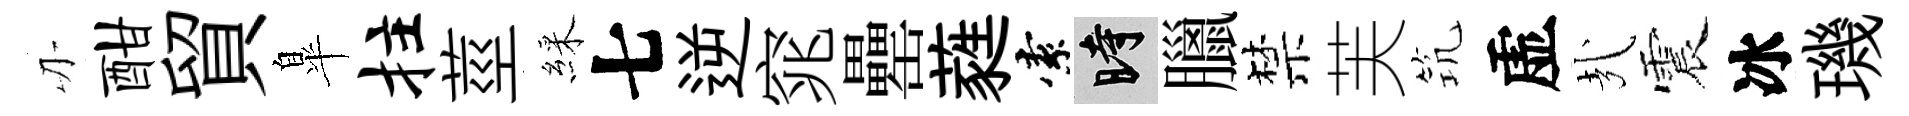
刃酣貿臯拄莖綵七逆窕罍蕤索时臘禁芙𥬑虚㢤震冰璣